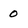
Character: O